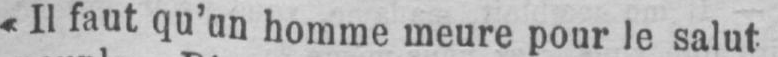
«II faut qu’an homme meure pour le salut